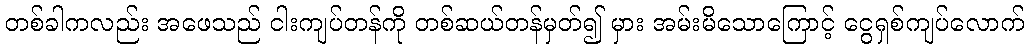
တစ်ခါကလည်း အဖေသည် ငါးကျပ်တန်ကို တစ်ဆယ်တန်မှတ်၍ မှား အမ်းမိသောကြောင့် ငွေရှစ်ကျပ်လောက်